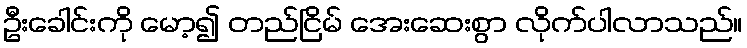
ဦးခေါင်းကို မော့၍ တည်ငြိမ် အေးဆေးစွာ လိုက်ပါလာသည်။